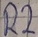
Text: R2